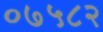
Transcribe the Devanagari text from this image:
०७५८२